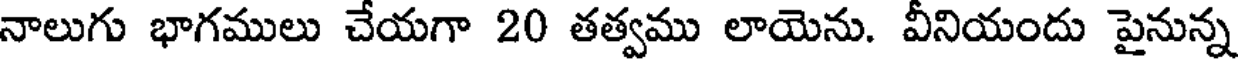
నాలుగు భాగములు చేయగా 20 తత్వము లాయెను. వీనియందు పైనున్న